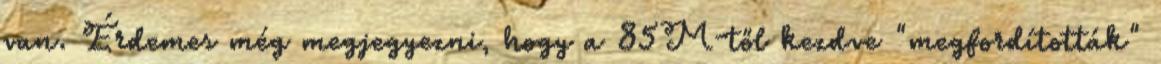
van. Érdemes még megjegyezni, hogy a 85M-től kezdve "megfordították"